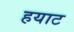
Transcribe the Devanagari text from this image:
हयाट